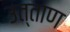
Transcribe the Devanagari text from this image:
उत्ताण